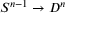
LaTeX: S ^ { n - 1 } \to D ^ { n }